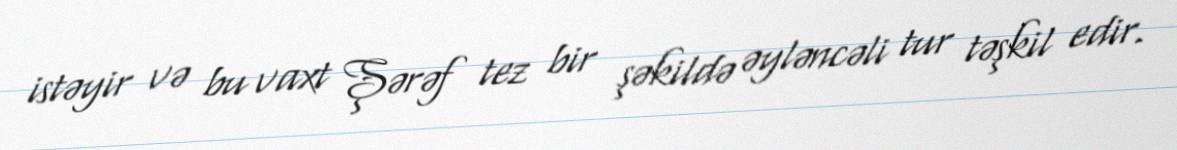
istəyir və bu vaxt Şərəf tez bir şəkildə əyləncəli tur təşkil edir.